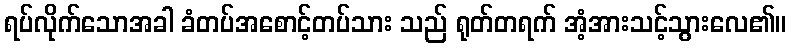
ရပ်လိုက်သောအခါ ခံတပ်အစောင့်တပ်သား သည် ရုတ်တရက် အံ့အားသင့်သွားလေ၏။